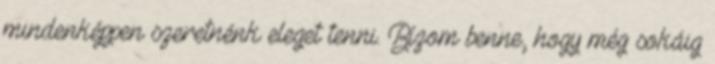
mindenképpen szeretnénk eleget tenni. Bízom benne, hogy még sokáig